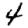
Digit: 4